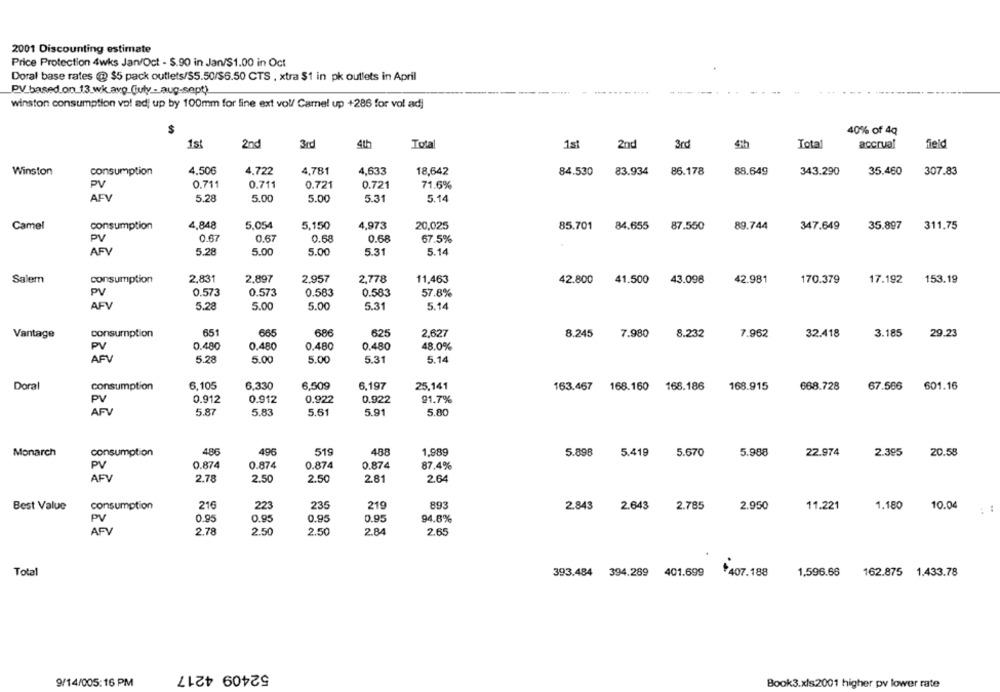
2001 Discounting estimate
Price Protection 4wks Jan/Oct - $.90 in Jan/$1.00 in Oct
Doral base rates @ $5 pack outlets/55.50/$6.50 CTS , xtra $1 in pk outlets in April
PV based on 13 wk.avp_(july- aug-sept)
winston consumption vo! adj up by 100mm for line ext voll Camel up +286 for vol adj
$
40% of 4q
1st
2nd
3rd
4th
Total
1st
2nd
3rd
4th
Total
accrual
field
Winston
consumption
4,506
4.722
4,781
4,633
18,642
84.530
83.934
86.178
88.649
343.290
35.460
307.83
PV
0.711
0.711
0.721
0.721
71.6%
AFV
5.28
5.00
5.00
5.31
5.14
Camel
consumption
4,848
5.054
5,150
4,973
20,025
85.701
84.655
87.550
89.744
347.649
35.897
311,75
PV
0.67
0.67
0.68
0.68
67.5%
AFV
5.28
5.00
5.00
5.31
5.14
Salem
consumption
2,831
2,897
2.957
2,778
11,463
42.800
41.500
43.098
42.981
170.379
17.192
153.19
PV
0.573
0.573
0.583
0.583
57.8%
AFV
5.28
5.00
5.00
5.31
5.14
651
665
625
Vantage
consumption
686
2,627
8.245
7.980
8.232
7.962
32.418
3.185
29.23
PV
0.480
0.480
0.480
48.0%
0.480
AFV
5.28
5.00
5.00
5.31
5.14
Doral
consumption
6,105
6.330
6,509
6,197
25,141
163.467
168.160 168.186
168.915
668.728
67.566
601.16
PV
0.912
0.912
0.922
0.922
91.7%
AFV
5.87
5.83
5.61
5.91
5.80
496
Monarch
consumption
486
519
488
1.989
5.898
5.419
5.670
5.988
22.974
2.395
20.58
0.874
0.874
PV
0.874
0.874
87.4%
AFV
2.50
2.78
2.50
2.81
2.64
Best Value
consumption
216
223
235
219
893
10.04
2.843
2.643 2.785
2.950
11.221
1.180
0.95
0.95
0.95
0.95
94.8%
PV
AFV
2.78
2.50
2.50
2.84
2.65
Total
393.484 394.289 401.699
¥407.188
1,596.66
162.875 1.433.78
52409 4217
9/14/005:16 PM
Book3.xls.2001 higher py lower rate